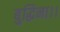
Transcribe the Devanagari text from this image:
बुद्धिना।।